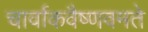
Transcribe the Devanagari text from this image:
चार्वाकवैष्णवमते